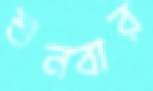
শুনবার